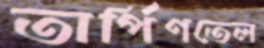
তার্পিণতেল